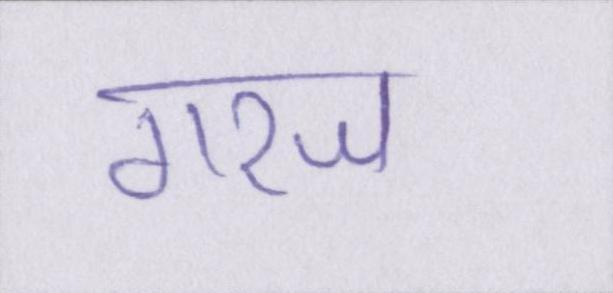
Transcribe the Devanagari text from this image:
गरज